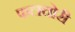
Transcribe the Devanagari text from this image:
फलचोरी